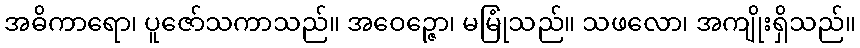
အဓိကာရော၊ ပူဇော်သကာသည်။ အဝေဉ္ဇော၊ မမြုံသည်။ သဖလော၊ အကျိုးရှိသည်။